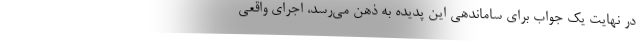
در نهايت يك جواب براي ساماندهي اين پديده به ذهن مي‌رسد، اجراي واقعي